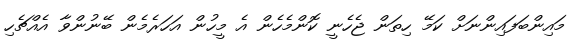
މައިންބަފައިންނަށް ކަމޭ ހިތަން ޖެހެނީ ކޮންމެހެން އެ މީހުން އަހަރެމެން ބޭނުންވާ އެއްޗެހި